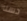
حسنا